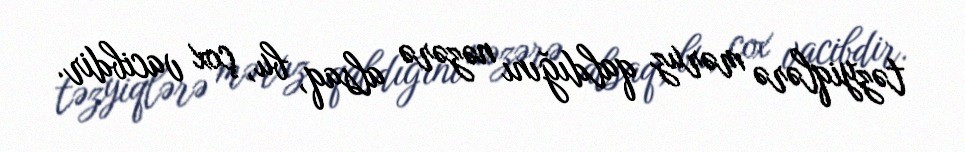
təzyiqlərə məruz qaldığını nəzərə alsaq, bu, çox vacibdir.